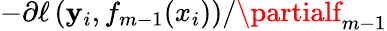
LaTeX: -\partial\ell\left(\mathbf{y}_{i},f_{m-1}(x_{i})\right)/\partialf_{m-1}